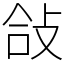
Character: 敆